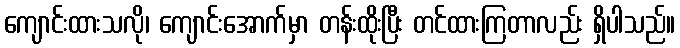
ကျောင်းထားသလို၊ ကျောင်းအောက်မှာ တန်းထိုးပြီး တင်ထားကြတာလည်း ရှိပါသည်။